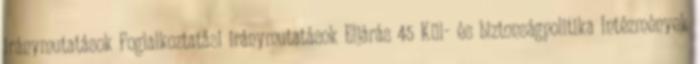
iránymutatások Foglalkoztatási iránymutatások Eljárás 45 Kül- és biztonságpolitika Intézmények